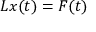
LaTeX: L x ( t ) = F ( t )